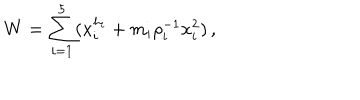
W = \sum _ { i = 1 } ^ { 5 } ( x _ { i } ^ { h _ { i } } + m _ { i } \rho _ { i } ^ { - 1 } x _ { i } ^ { 2 } ) \, ,